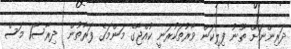
ދަރިންނަށް ތޫނު ފިލިކަން ވާރުތަކުރަނީ ކުއްޖާގެ މަންމަގެ ފަރާތުން  ދިރާސާ1 މަސް